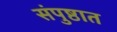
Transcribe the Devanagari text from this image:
संपुष्ठात